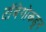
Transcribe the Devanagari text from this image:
टॉबेगोकडून